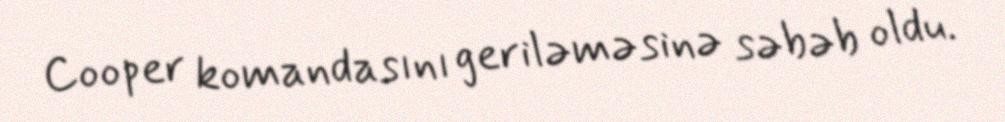
Cooper komandasını geriləməsinə səbəb oldu.